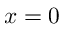
x = 0